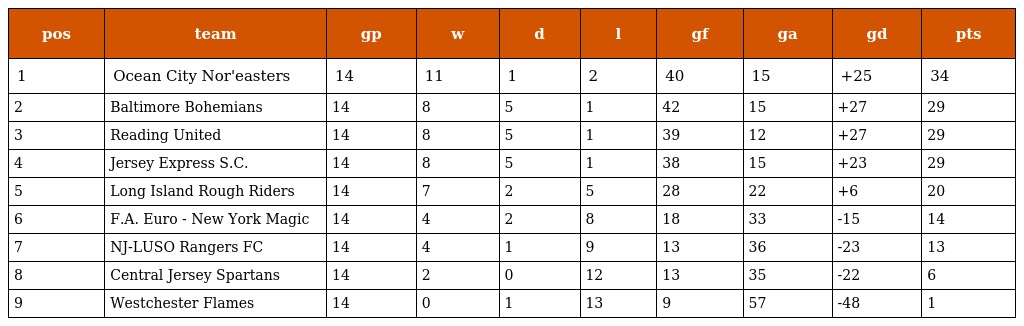
| pos | team | gp | w | d | l | gf | ga | gd | pts |
 | --- | --- | --- | --- | --- | --- | --- | --- | --- | --- |
 | 1 | Ocean City Nor'easters | 14 | 11 | 1 | 2 | 40 | 15 | +25 | 34 |
 | 2 | Baltimore Bohemians | 14 | 8 | 5 | 1 | 42 | 15 | +27 | 29 |
 | 3 | Reading United | 14 | 8 | 5 | 1 | 39 | 12 | +27 | 29 |
 | 4 | Jersey Express S.C. | 14 | 8 | 5 | 1 | 38 | 15 | +23 | 29 |
 | 5 | Long Island Rough Riders | 14 | 7 | 2 | 5 | 28 | 22 | +6 | 20 |
 | 6 | F.A. Euro - New York Magic | 14 | 4 | 2 | 8 | 18 | 33 | -15 | 14 |
 | 7 | NJ-LUSO Rangers FC | 14 | 4 | 1 | 9 | 13 | 36 | -23 | 13 |
 | 8 | Central Jersey Spartans | 14 | 2 | 0 | 12 | 13 | 35 | -22 | 6 |
 | 9 | Westchester Flames | 14 | 0 | 1 | 13 | 9 | 57 | -48 | 1 |